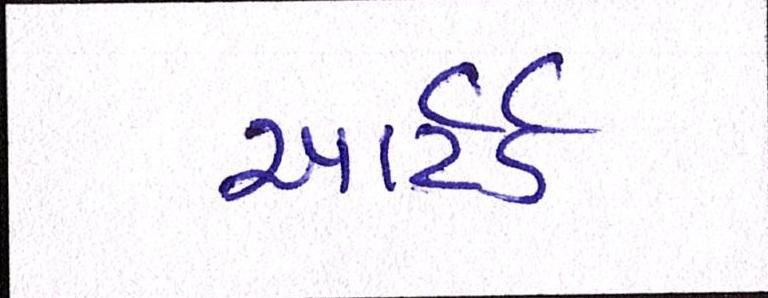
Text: ચાર્ટર્ડ